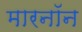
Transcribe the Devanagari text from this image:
मारनॉन